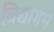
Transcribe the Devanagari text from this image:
विद्यागम